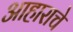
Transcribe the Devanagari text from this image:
आहाराचे